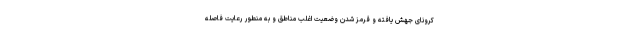
کرونای جهش یافته و قرمز شدن وضعیت اغلب مناطق و به منطور رعایت فاصله